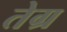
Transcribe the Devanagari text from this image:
तेग्र